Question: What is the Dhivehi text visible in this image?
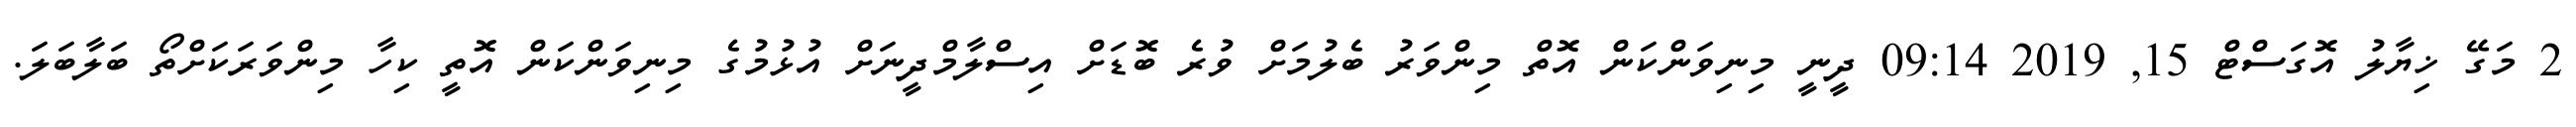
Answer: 2 މަގޭ ޚިޔާލު އޮގަސްޓް 15, 2019 09:14 ދީނީ މިނިވަންކަން އޮތް މިންވަރު ބެލުމަށް ވުރެ ބޮޑަށް އިސްލާމްދީނަށް އުޅުމުގެ މިނިވަންކަން އޮތީ ކިހާ މިންވަރަކަށްތޯ ބަލާބަލަ.